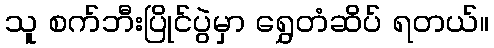
သူ စက်ဘီးပြိုင်ပွဲမှာ ရွှေတံဆိပ် ရတယ်။